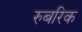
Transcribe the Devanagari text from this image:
रुबरिक